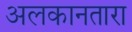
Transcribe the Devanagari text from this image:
अलकानतारा